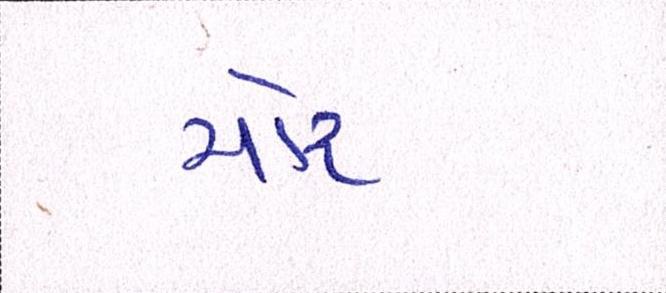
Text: મોર